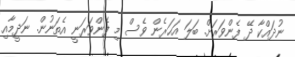
ނުދައްކާ ދޭ ފެންވަރަށް. ބަލަ އަހަރެން ވެސް މި ފެންވަރަނީ އެތަނުން. ނަދީމާއި